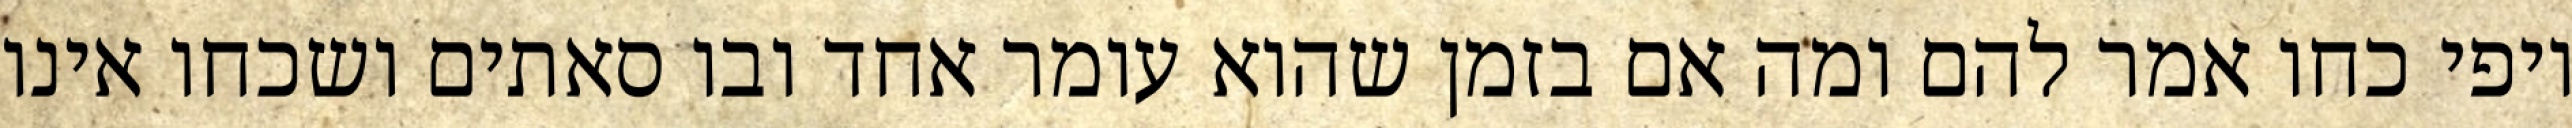
יופי כחו אמר להם ומה אם בזמן שהוא עומר אחד ובו סאתים ושכחו אינו